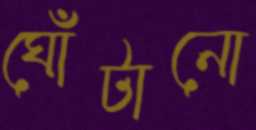
ঘোঁটানো